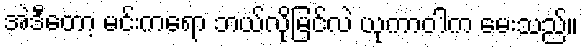
အဲဒီတော့ မင်းကရော ဘယ်လိုမြင်လဲ ယုကာဝါက မေးသည်။